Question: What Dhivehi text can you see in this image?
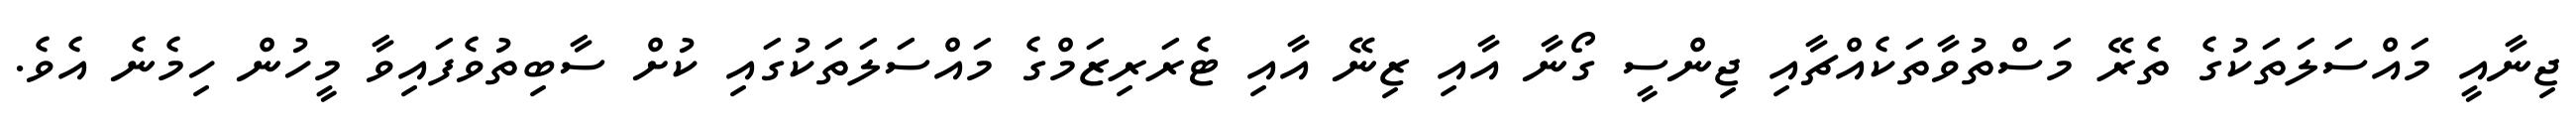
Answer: ޖިނާއީ މައްސަލަތަކުގެ ތެރޭ މަސްތުވާތަކެއްޗާއި ޖިންސީ ގޯނާ އާއި ޒިނޭ އާއި ޓެރަރިޒަމްގެ މައްސަލަތަކުގައި ކުށް ސާބިތުވެފައިވާ މީހުން ހިމެނެ އެވެ.